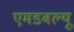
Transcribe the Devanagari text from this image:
एमडबल्यू